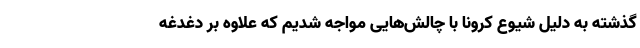
گذشته به دلیل شیوع کرونا با چالش‌هایی مواجه شدیم که علاوه بر دغدغه